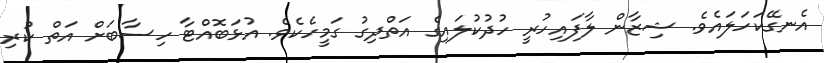
އެނގޭކަހަލައެވެ. ޝިޒާން ލާފައިހުރީ ހުދުކުލައިގެ އަތްދިގު ގަމީހެކެވެެ. އުޅަބޮއްޓާ ހިސާބަށް އަތް ކުރި